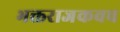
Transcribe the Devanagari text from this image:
भक्तराजकवच